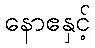
နောဧနှင့်